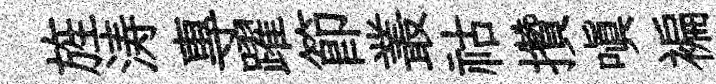
旌涛專躍節叢祜攢嗔褊